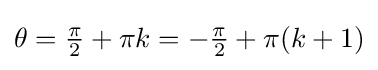
{\textstyle \theta ={\frac {\pi }{2}}+\pi k=-{\frac {\pi }{2}}+\pi (k+1)}